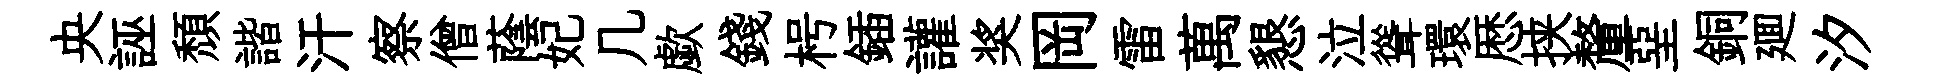
央誣頽諧汗察僧蔭妃几歔錢枵鍤讙奖岡雷萬懇泣聳環厯挟釐堊銅廽汐